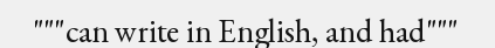
"""can write in English, and had"""